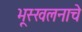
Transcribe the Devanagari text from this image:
भूस्खलनाचे